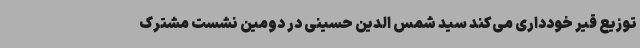
توزیع قیر ‌خودداری می‌کند سید شمس الدین حسینی در دومین نشست مشترک